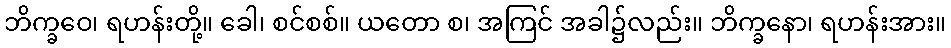
ဘိက္ခဝေ၊ ရဟန်းတို့။ ခေါ၊ စင်စစ်။ ယတော စ၊ အကြင် အခါ၌လည်း။ ဘိက္ခနော၊ ရဟန်းအား။